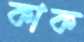
কাক